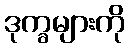
ဒုက္ခများကို